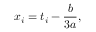
x _ { i } = t _ { i } - { \frac { b } { 3 a } } ,